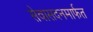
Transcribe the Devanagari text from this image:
सेवासदनमार्फत